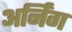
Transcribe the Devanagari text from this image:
अर्निंग